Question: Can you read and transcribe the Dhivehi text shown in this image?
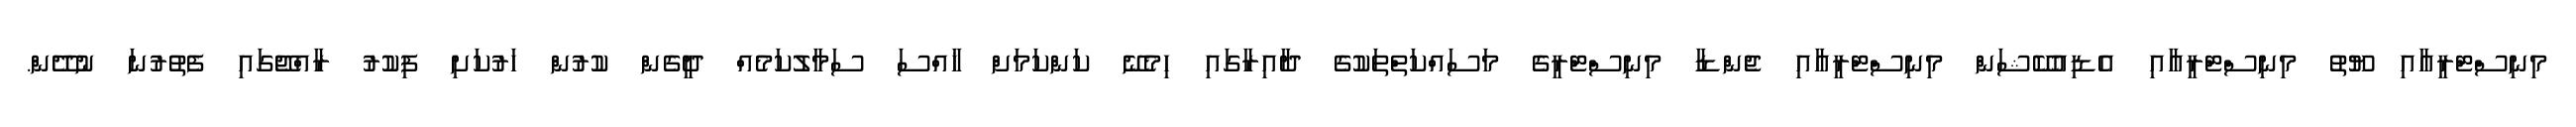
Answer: މިނިސްޓްރީއާއި ޔޫތު މިނިސްޓްރީއާއި އެޑިއުކޭޝަން މިނިސްޓްރީއާއި ޖެންޑާ މިނިސްޓްރީގެ މަސައްކަތްތަކުގެ ދާއިރާގައި ހިމެނޭ ކަންކަމަށް ޚާއްސަ ސަމާލުކަމެއް ދީގެން ކުރުން ހަރުކަށި ފިކުރު ރާއްޖޭގައި ފެތުރުނަ ނުދޭން.